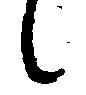
候